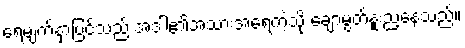
ရေမျက်နှာပြင်သည် အဒါ၏အသားအရေကဲ့သို့ ချောမွတ်နူးညံ့နေသည်။